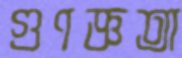
গুণজ্ঞতা